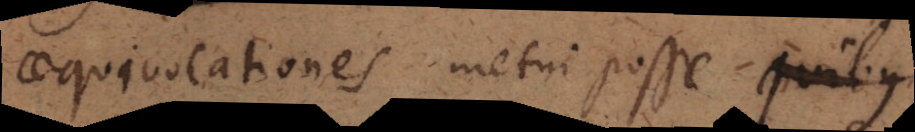
aequivocationes metui posse